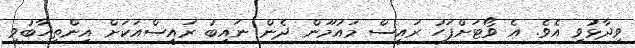
ވިދާޅުވި އެވެ. އެ ވޯޓަށްފަހު ރައީސް މައުމޫން ދެން ނައިބު ރައީސްއަކަށް އިންތިހާބުވި